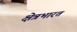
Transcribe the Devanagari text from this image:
क्षेत्रभारत